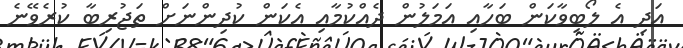
އަދި އެ ލޯބިވާކަން ބަހާއި އަމަލުން ދެއްކުމާއި އެކަން ކުދިންނަށް ތަޖުރިބާ ކުރެވޭނެ